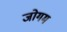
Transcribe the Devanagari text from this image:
जोगम